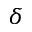
\delta